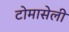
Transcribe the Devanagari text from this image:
टोमासेली